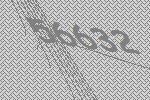
56632